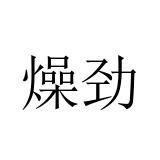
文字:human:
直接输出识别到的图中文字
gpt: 燥劲